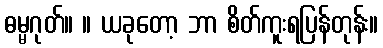
ဓမ္မဂုတ်။ ။ ယခုတော့ ဘာ စိတ်ကူးရပြန်တုန်း။